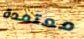
معتمدة